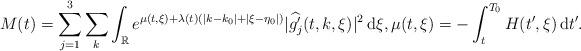
LaTeX: \begin{align*} M(t)=\sum_{j=1}^3\sum_k\int_{\mathbb{R}}e^{\mu(t,\xi)+\lambda(t)(|k-k_0|+|\xi-\eta_0|)}|\widehat{g_j'}(t,k,\xi)|^2\,\mathrm{d}\xi,\mu(t,\xi)=-\int_{t}^{T_0} H(t',\xi)\,\mathrm{d}t'. \end{align*}